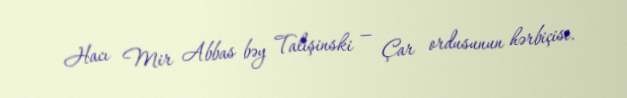
Hacı Mir Abbas bəy Talışinski — Çar ordusunun hərbiçisi.